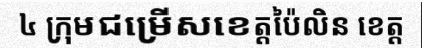
៤ ក្រុមជម្រើសខេត្តប៉ៃលិន ខេត្ត